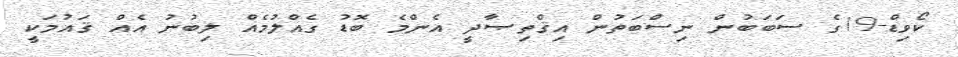
ކޯވިޑް-19ގެ ސަބަބުން ނިސްބަތުން އިޤްތިޞާދީ އެންމެ ބޮޑު ގެއްލުމެއް ލިބުނު އެއް ޤައުމަކީ